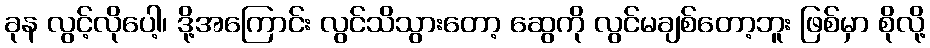
ခုန လွင့်လိုပေါ့၊ ဒို့အကြောင်း လွင်သိသွားတော့ ဆွေကို လွင်မချစ်တော့ဘူး ဖြစ်မှာ စိုလို့